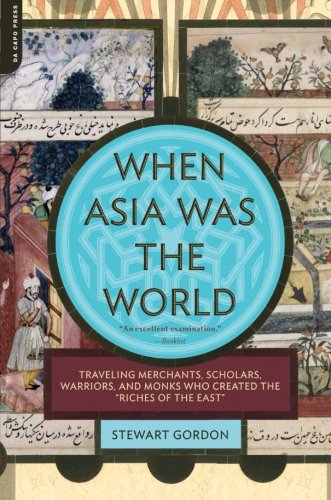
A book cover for When Asia Was the World: Traveling Merchants, Scholars, Warriors, and Monks Who Created the "Riches of the "East"; Stewart Gordon; Travel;